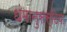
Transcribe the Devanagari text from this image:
धंमानुसस्टिया